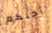
أجلكم